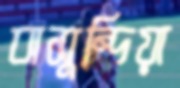
বাসুন্দিয়া